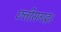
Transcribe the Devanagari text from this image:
छत्तीसगढ़।